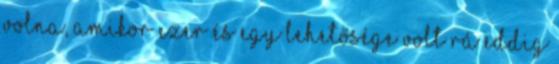
volna, amikor ezer és egy lehetősége volt rá eddig